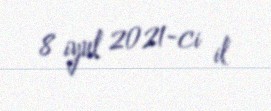
8 iyul 2021-ci il